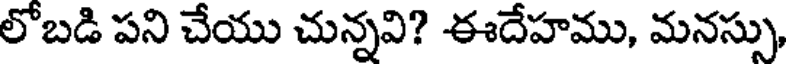
లోబడి పని చేయు చున్నవి? ఈదేహము, మనస్సు,